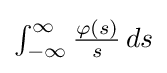
\textstyle \int _{-\infty }^{\infty }{\frac {\varphi (s)}{s}}\,ds